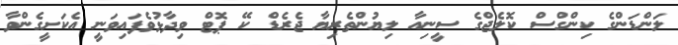
ލަންޑަންގެ ކިންގްސް ކޮލެޖްގެ ސީނިއާ ލިޔުންތެރިޔާ ޖެރެޑް ކޭ ޕޮޓް ވިދާޅުވެފައިވަނީ އެކަށީގެންވާ